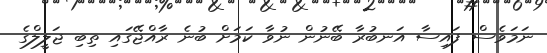
ނަމަވެސް ފައިސާ އަނބުރާ ބޭނުން ނުވާ ކަމަށް ބުނެ ރާއްޖޭގައި ތިބި ޖަލީލްގެ